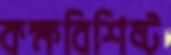
কক্ষবিশিষ্ট